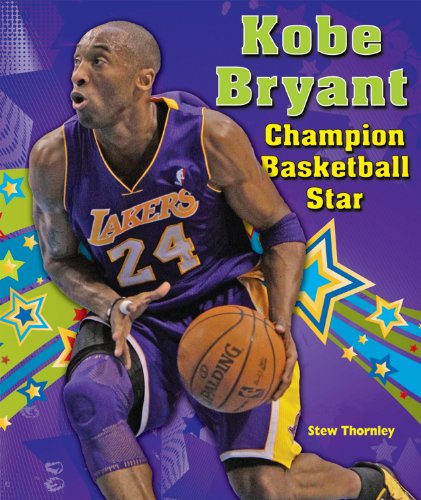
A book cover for Kobe Bryant: Champion Basketball Star (Sports Star Champions); Stew Thornley; Teen & Young Adult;